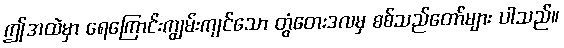
ဤအထဲမှာ ရေကြောင်းကျွမ်းကျင်သော တွံတေးဒလမှ စစ်သည်တော်များ ပါသည်။